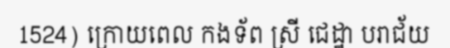
1524) ក្រោយពេល កងទ័ព ស្រី ជេដ្ឋា បរាជ័យ